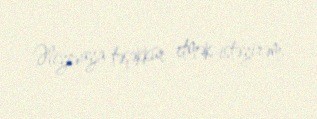
Əliyevaya təşəkkür etmək istəyirəm.